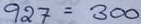
927 = 300